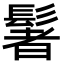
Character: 䰇